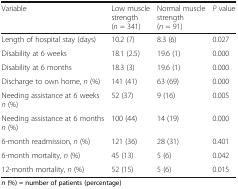
| Variable | Low muscle strength (n = 341) | Normal muscle strength (n = 91) | P value |
 | --- | --- | --- | --- |
 | Length of hospital stay (days) | 10.2 (7) | 8.3 (6) | 0.027 |
 | Disability at 6 weeks | 18.1 (2.5) | 19.6 (1) | 0.000 |
 | Disability at 6 months | 18.3 (3) | 19.6 (1) | 0.000 |
 | Discharge to own home, n (%) | 141 (41) | 63 (69) | 0.000 |
 | Needing assistance at 6 weeks n (%) | 52 (37) | 9 (16) | 0.005 |
 | Needing assistance at 6 months n (%) | 100 (44) | 14 (19) | 0.000 |
 | 6-month readmission, n (%) | 121 (36) | 28 (31) | 0.401 |
 | 6-month mortality, n (%) | 45 (13) | 5 (6) | 0.042 |
 | 12-month mortality, n (%) | 52 (15) | 5 (6) | 0.015 |